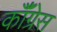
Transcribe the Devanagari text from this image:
कॉँंग्रेस